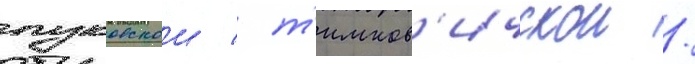
пуковскои / т'имков'ичскои /